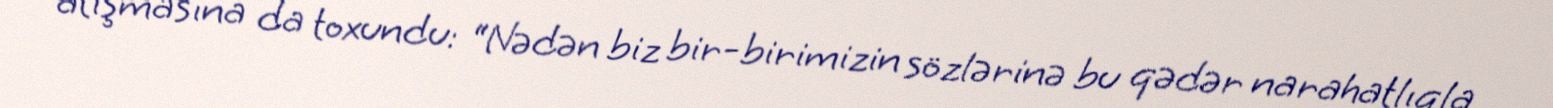
atışmasına da toxundu: “Nədən biz bir-birimizin sözlərinə bu qədər narahatlıqla